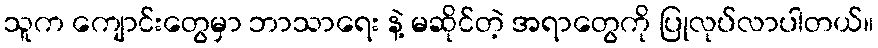
သူက ကျောင်းတွေမှာ ဘာသာရေး နဲ့ မဆိုင်တဲ့ အရာတွေကို ပြုလုပ်လာပါတယ်။